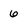
Character: 6